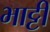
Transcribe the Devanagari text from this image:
भाट्टी